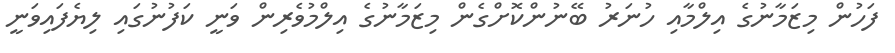
ފަހުން މިޒަމާނުގެ އިލްމާއި ހުނަރު ބޭނުންކޮށްގެން މިޒަމާނުގެ އިލްމުވެރިން ވަނީ ކަފުނުގައި ލިޔެފައިވަނީ